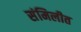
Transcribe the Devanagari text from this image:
संमिलीत